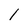
Character: l